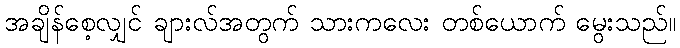
အချိန်စေ့လျှင် ချားလ်အတွက် သားကလေး တစ်ယောက် မွေးသည်။